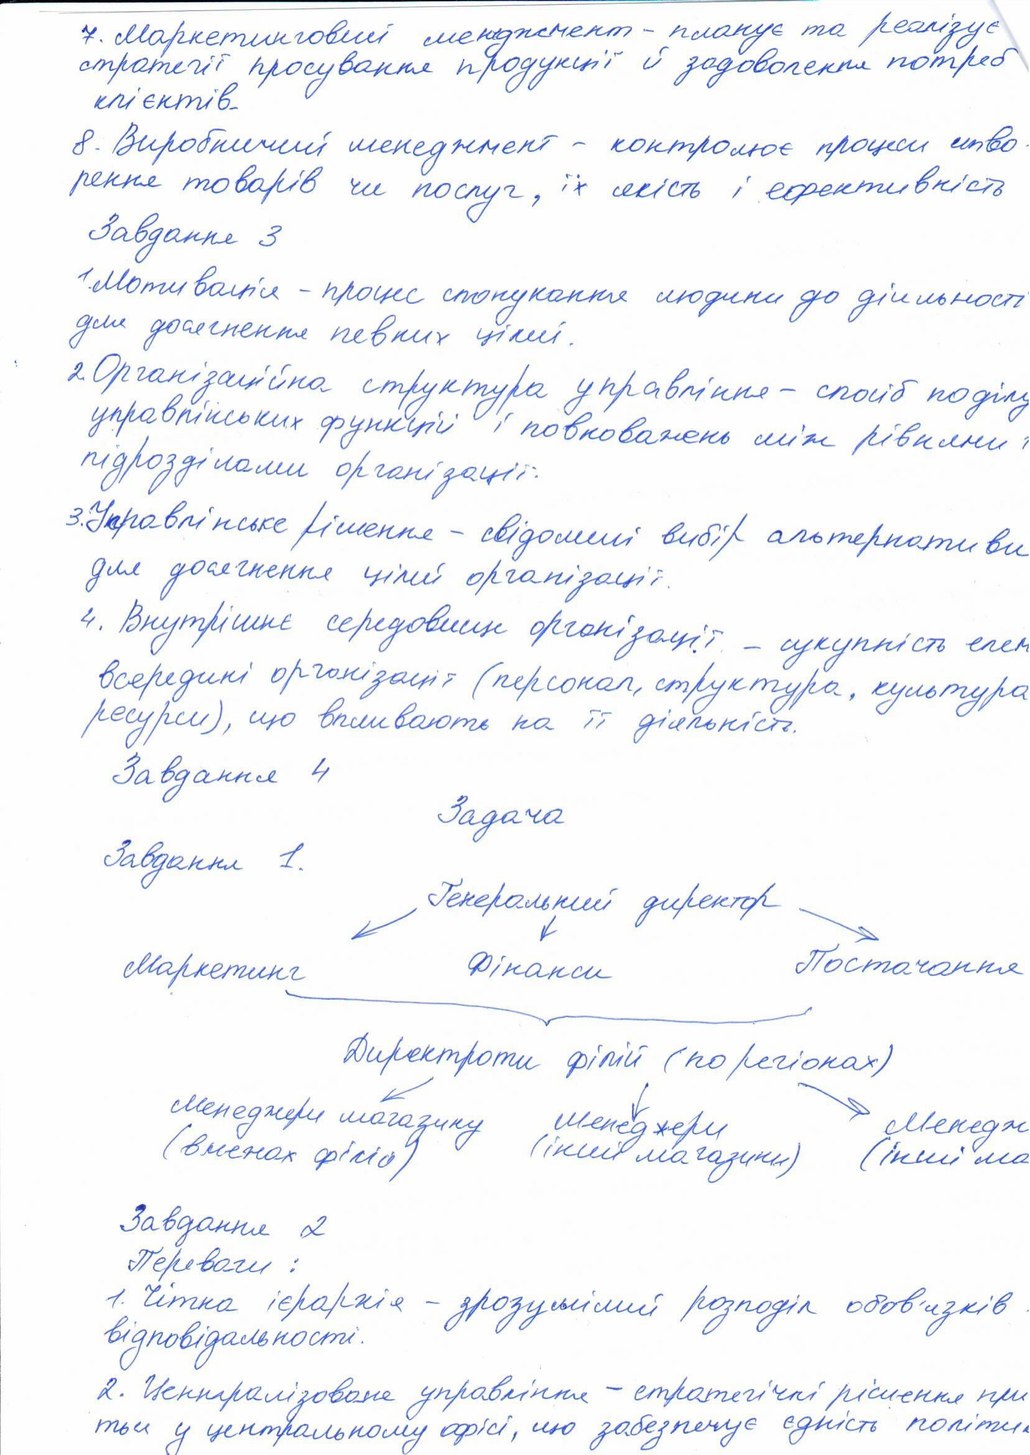
7. Маркетинговий менеджмент - планує та реалізує
стратегії просування продукції й задоволення потреб
клієнтів.
8. Виробничий менеджмент - контролює процеси ство
рення товарів чи послуг, їх якість і ефективність
Завдання 3
1. Мотивація - процес спонукання людини до діяльності
для досягнення певних цілей.
2. Організаційна структура управління - спосіб поділу
управлінських функцій і повноважень між рівнями і
підрозділами організації.
3. Управлінське рішення - свідомий вибір альтернативи
для досягнення цілей організації.
4. Внутрішнє середовище організації - сукупність елем
всередині організації (персонал, структура, культура,
ресурси), що впливають на її діяльність.
Завдання 4
Задача
Завдання 1.
Завдання 2
Переваги:
1. Чітка ієрархія - зрозумілий розподіл обов'язків
відповідальності.
2. Централізоване управління - стратегічні рішення при
ться у центральному офісі, що забезпечує єдність політи-